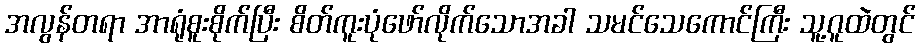
အလွန်တရာ အာရုံစူးစိုက်ပြီး စိတ်ကူးပုံဖော်လိုက်သောအခါ သမင်သေကောင်ကြီး သူ့ဂူထဲတွင်